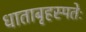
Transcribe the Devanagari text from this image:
धाताबृहस्पतेः